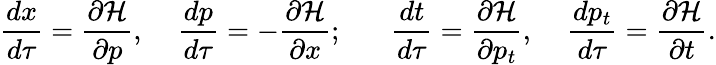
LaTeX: {\frac{dx}{d\tau}}={\frac{\partial{\mathcal{H}}}{\partial p}},\; \; \; \; {\frac{dp}{d\tau}}=-{\frac{\partial{\mathcal{H}}}{\partial x}};\; \; \; \; \; \; {\frac{dt}{d\tau}}={\frac{\partial{\mathcal{H}}}{\partial p_{t}}},\; \; \; \; {\frac{dp_{t}}{d\tau}}={\frac{\partial{\mathcal{H}}}{\partial t}}.